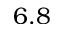
6 . 8